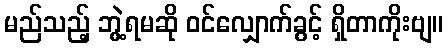
မည်သည့် ဘွဲ့ရမဆို ဝင်လျှောက်ခွင့် ရှိတာကိုးဗျ။